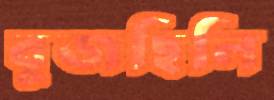
বুজছিলি